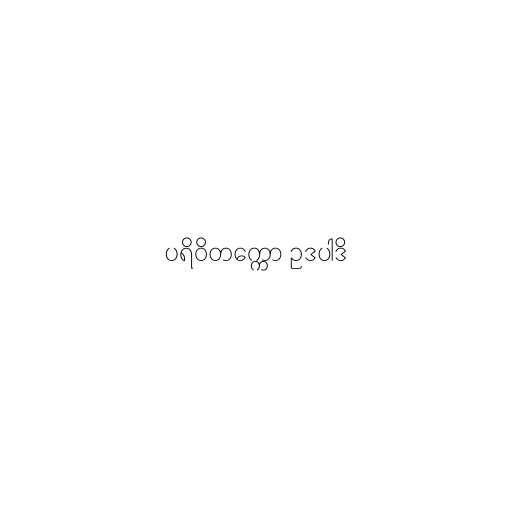
ပရိဝိတက္ကော ဥဒပါဒိ